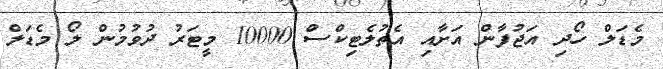
މެޑަލް ހޯދި އަޖުފާން އަށާއި އެތުލެޓިކްސް 10000 މީޓަރު ދުވުމުން ލޯ މެޑަލް